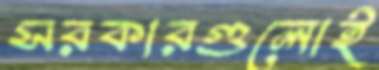
সরকারগুলোই